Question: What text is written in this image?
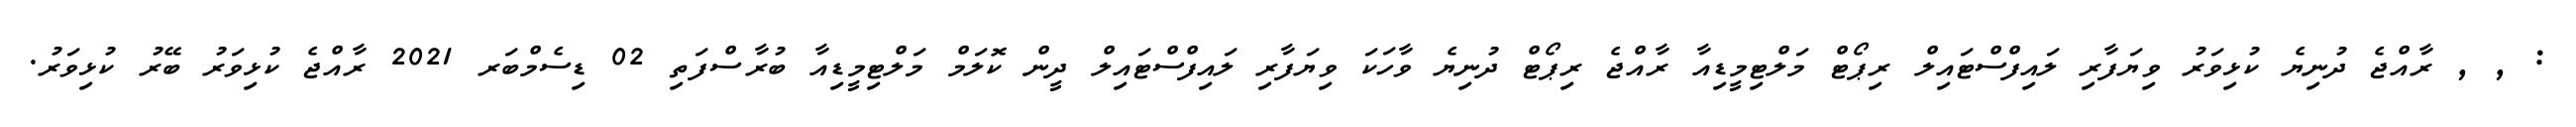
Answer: : , , ރާއްޖެ ދުނިޔެ ކުޅިވަރު ވިޔަފާރި ލައިފްސްޓައިލް ރިޕޯޓް މަލްޓިމީޑިއާ ރާއްޖެ ރިޕޯޓް ދުނިޔެ ވާހަކަ ވިޔަފާރި ލައިފްސްޓައިލް ދީން ކޮލަމް މަލްޓިމީޑިއާ ބުރާސްފަތި 02 ޑިސެމްބަރ 2021 ރާއްޖެ ކުޅިވަރު ބޭރު ކުޅިވަރު.